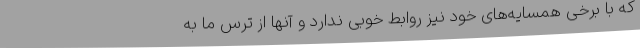
که با برخی همسایه‌های خود نیز روابط خوبی ندارد و آنها از ترس ما به